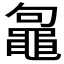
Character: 𪓟